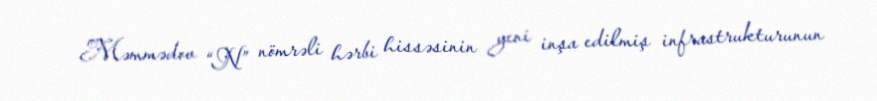
Məmmədov “N” nömrəli hərbi hissəsinin yeni inşa edilmiş infrastrukturunun